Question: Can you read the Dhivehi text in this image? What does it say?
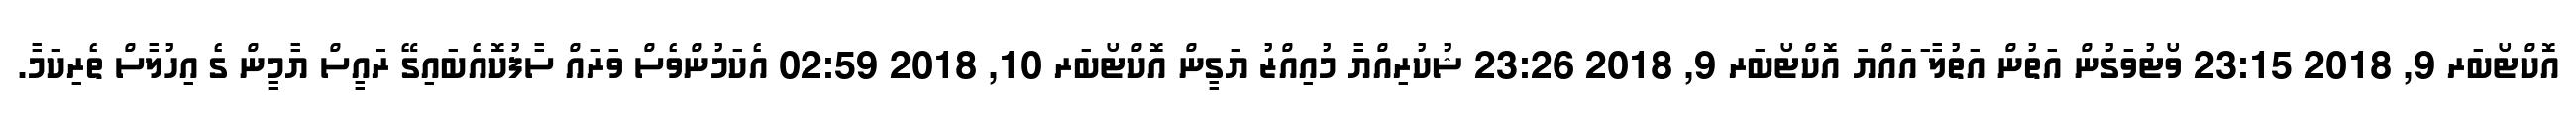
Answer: އޮކްޓޯބަރ 9, 2018 23:15 ވޯޓުވަގުން އަތުން އަތުލާ ައައްޔަ އޮކްޓޯބަރ 9, 2018 23:26 ޝުކުރިއްޔާ މުއިއްޒު ޔަގީން އޮކްޓޯބަރ 10, 2018 02:59 އެކަމުންވެސް ވަރައް ސާފުކޮއެބައިގޭ ރައީސް ޔާމީން ގެ އިހުލާސް ތެރިކަމާ.